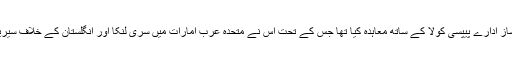
پاکستان کرکٹ بورڈ نے رواں سال اکتوبر میں معروف مشروب ساز ادارے پیپسی کولا کے ساتھ معاہدہ کیا تھا جس کے تحت اس نے متحدہ عرب امارات میں سری لنکا اور انگلستان کے خلاف سیریز کے ایک روزہ مرحلے کے ڈی آر ایس اخراجات اٹھانے تھے۔